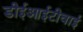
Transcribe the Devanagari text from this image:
डीईआईटीवाई